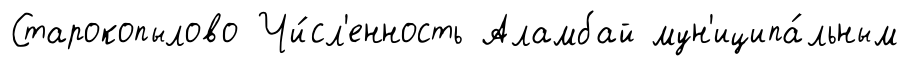
Старокопылово Чи́сл'енность Аламбай мун'иципа́льным